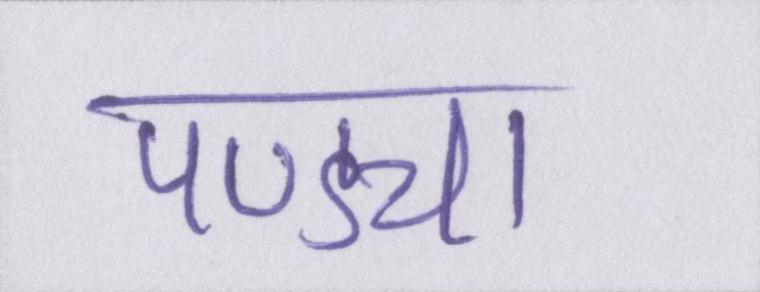
पण्ड्या